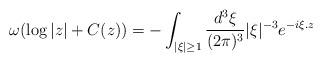
LaTeX: \begin{align*}\omega(\log|z|+C(z))=-\int_{|\xi|\geq 1} \frac{d^3\xi}{(2\pi)^3}|\xi|^{-3}e^{-i\xi .z}\end{align*}